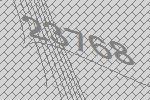
23768